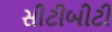
સીટીબીટી